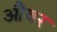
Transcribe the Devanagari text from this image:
औवर